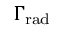
\Gamma _ { \mathrm { r a d } }